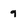
Character: 9